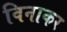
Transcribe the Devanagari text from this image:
विनाकर